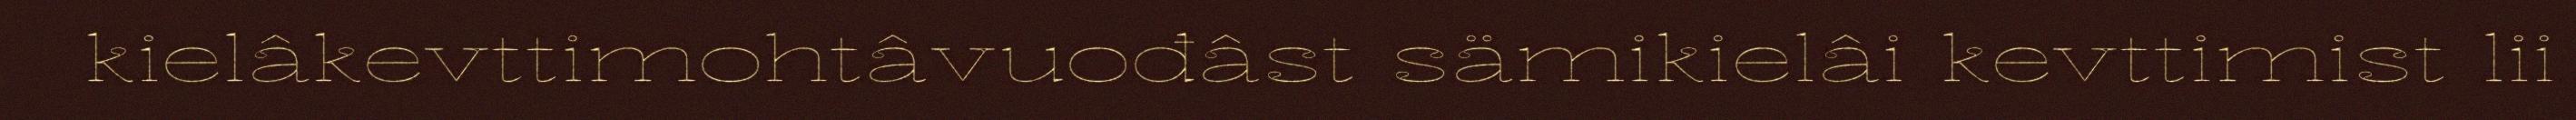
kielâkevttimohtâvuođâst sämikielâi kevttimist lii